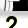
Digit: 2